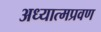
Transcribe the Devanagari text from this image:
अध्यात्मप्रवण